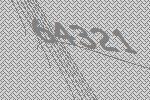
64321